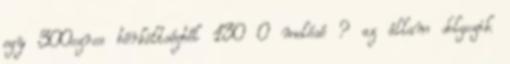
egy 300ezres bérköltségből 130 0 melósé ? az állam dolgozik